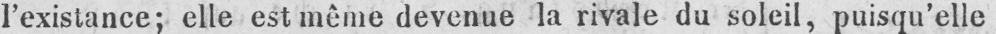
l’existance; elle est même devenue la rivale du soleil, puisqu’elle